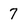
Character: 7